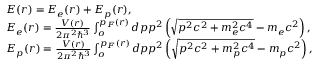
\begin{array} { l } { E ( r ) = E _ { e } ( r ) + E _ { p } ( r ) , } \\ { E _ { e } ( r ) = \frac { V ( r ) } { 2 \pi ^ { 2 } \hbar ^ { 3 } } \int _ { o } ^ { p _ { F } ( r ) } d p p ^ { 2 } \left( \sqrt { p ^ { 2 } c ^ { 2 } + m _ { e } ^ { 2 } c ^ { 4 } } - m _ { e } c ^ { 2 } \right) , } \\ { E _ { p } ( r ) = \frac { V ( r ) } { 2 \pi ^ { 2 } \hbar ^ { 3 } } \int _ { o } ^ { p _ { F } ( r ) } d p p ^ { 2 } \left( \sqrt { p ^ { 2 } c ^ { 2 } + m _ { p } ^ { 2 } c ^ { 4 } } - m _ { p } c ^ { 2 } \right) , } \end{array}